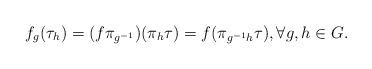
LaTeX: \begin{align*}f_g(\tau_h)=(f\pi_{g^{-1}})(\pi_h\tau)=f(\pi_{g^{-1}h}\tau), \forall g, h \in G. \end{align*}